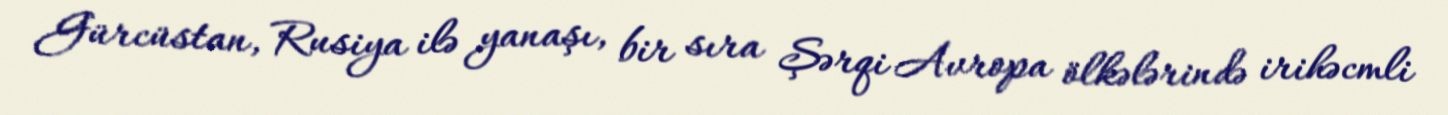
Gürcüstan, Rusiya ilə yanaşı, bir sıra Şərqi Avropa ölkələrində irihəcmli